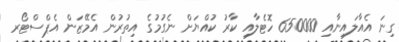
ގިނަ އެއާލައިނާއި 650000 ހޮޓެލާއި ކާރު ކުއްޔަށް ނެގުމުގެ އިތުރުން އެމޭޒަން އެޕްސްޓޯރ